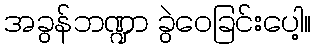
အခွန်ဘဏ္ဍာ ခွဲဝေခြင်းပေါ့။